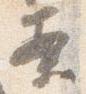
案